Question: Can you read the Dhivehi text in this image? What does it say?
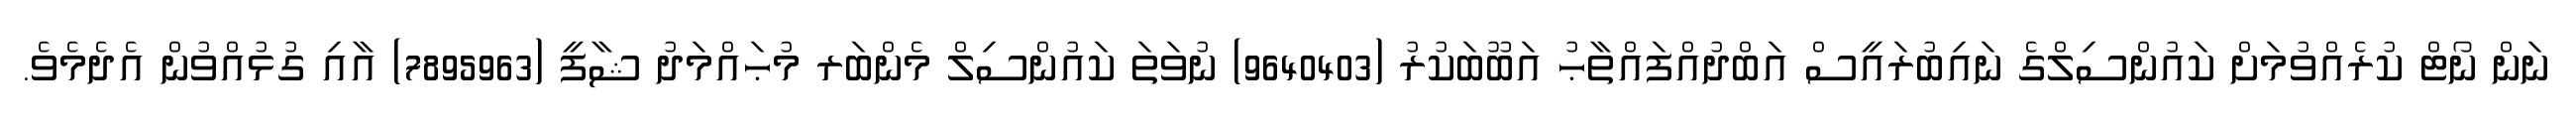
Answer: ނަން ނޯޓް ކުރެއްވުމަށް ކައުންސިލްގެ ނައިބުރައީސް އަބްދުއްފައްތާޙު އަބޫބަކުރު (9640403) ނުވަތަ ކައުންސިލް މެންބަރ މުޙައްމަދު ޝާފީ (7895963) އާއި ގުޅުއްވުން އެދެމެވެ.